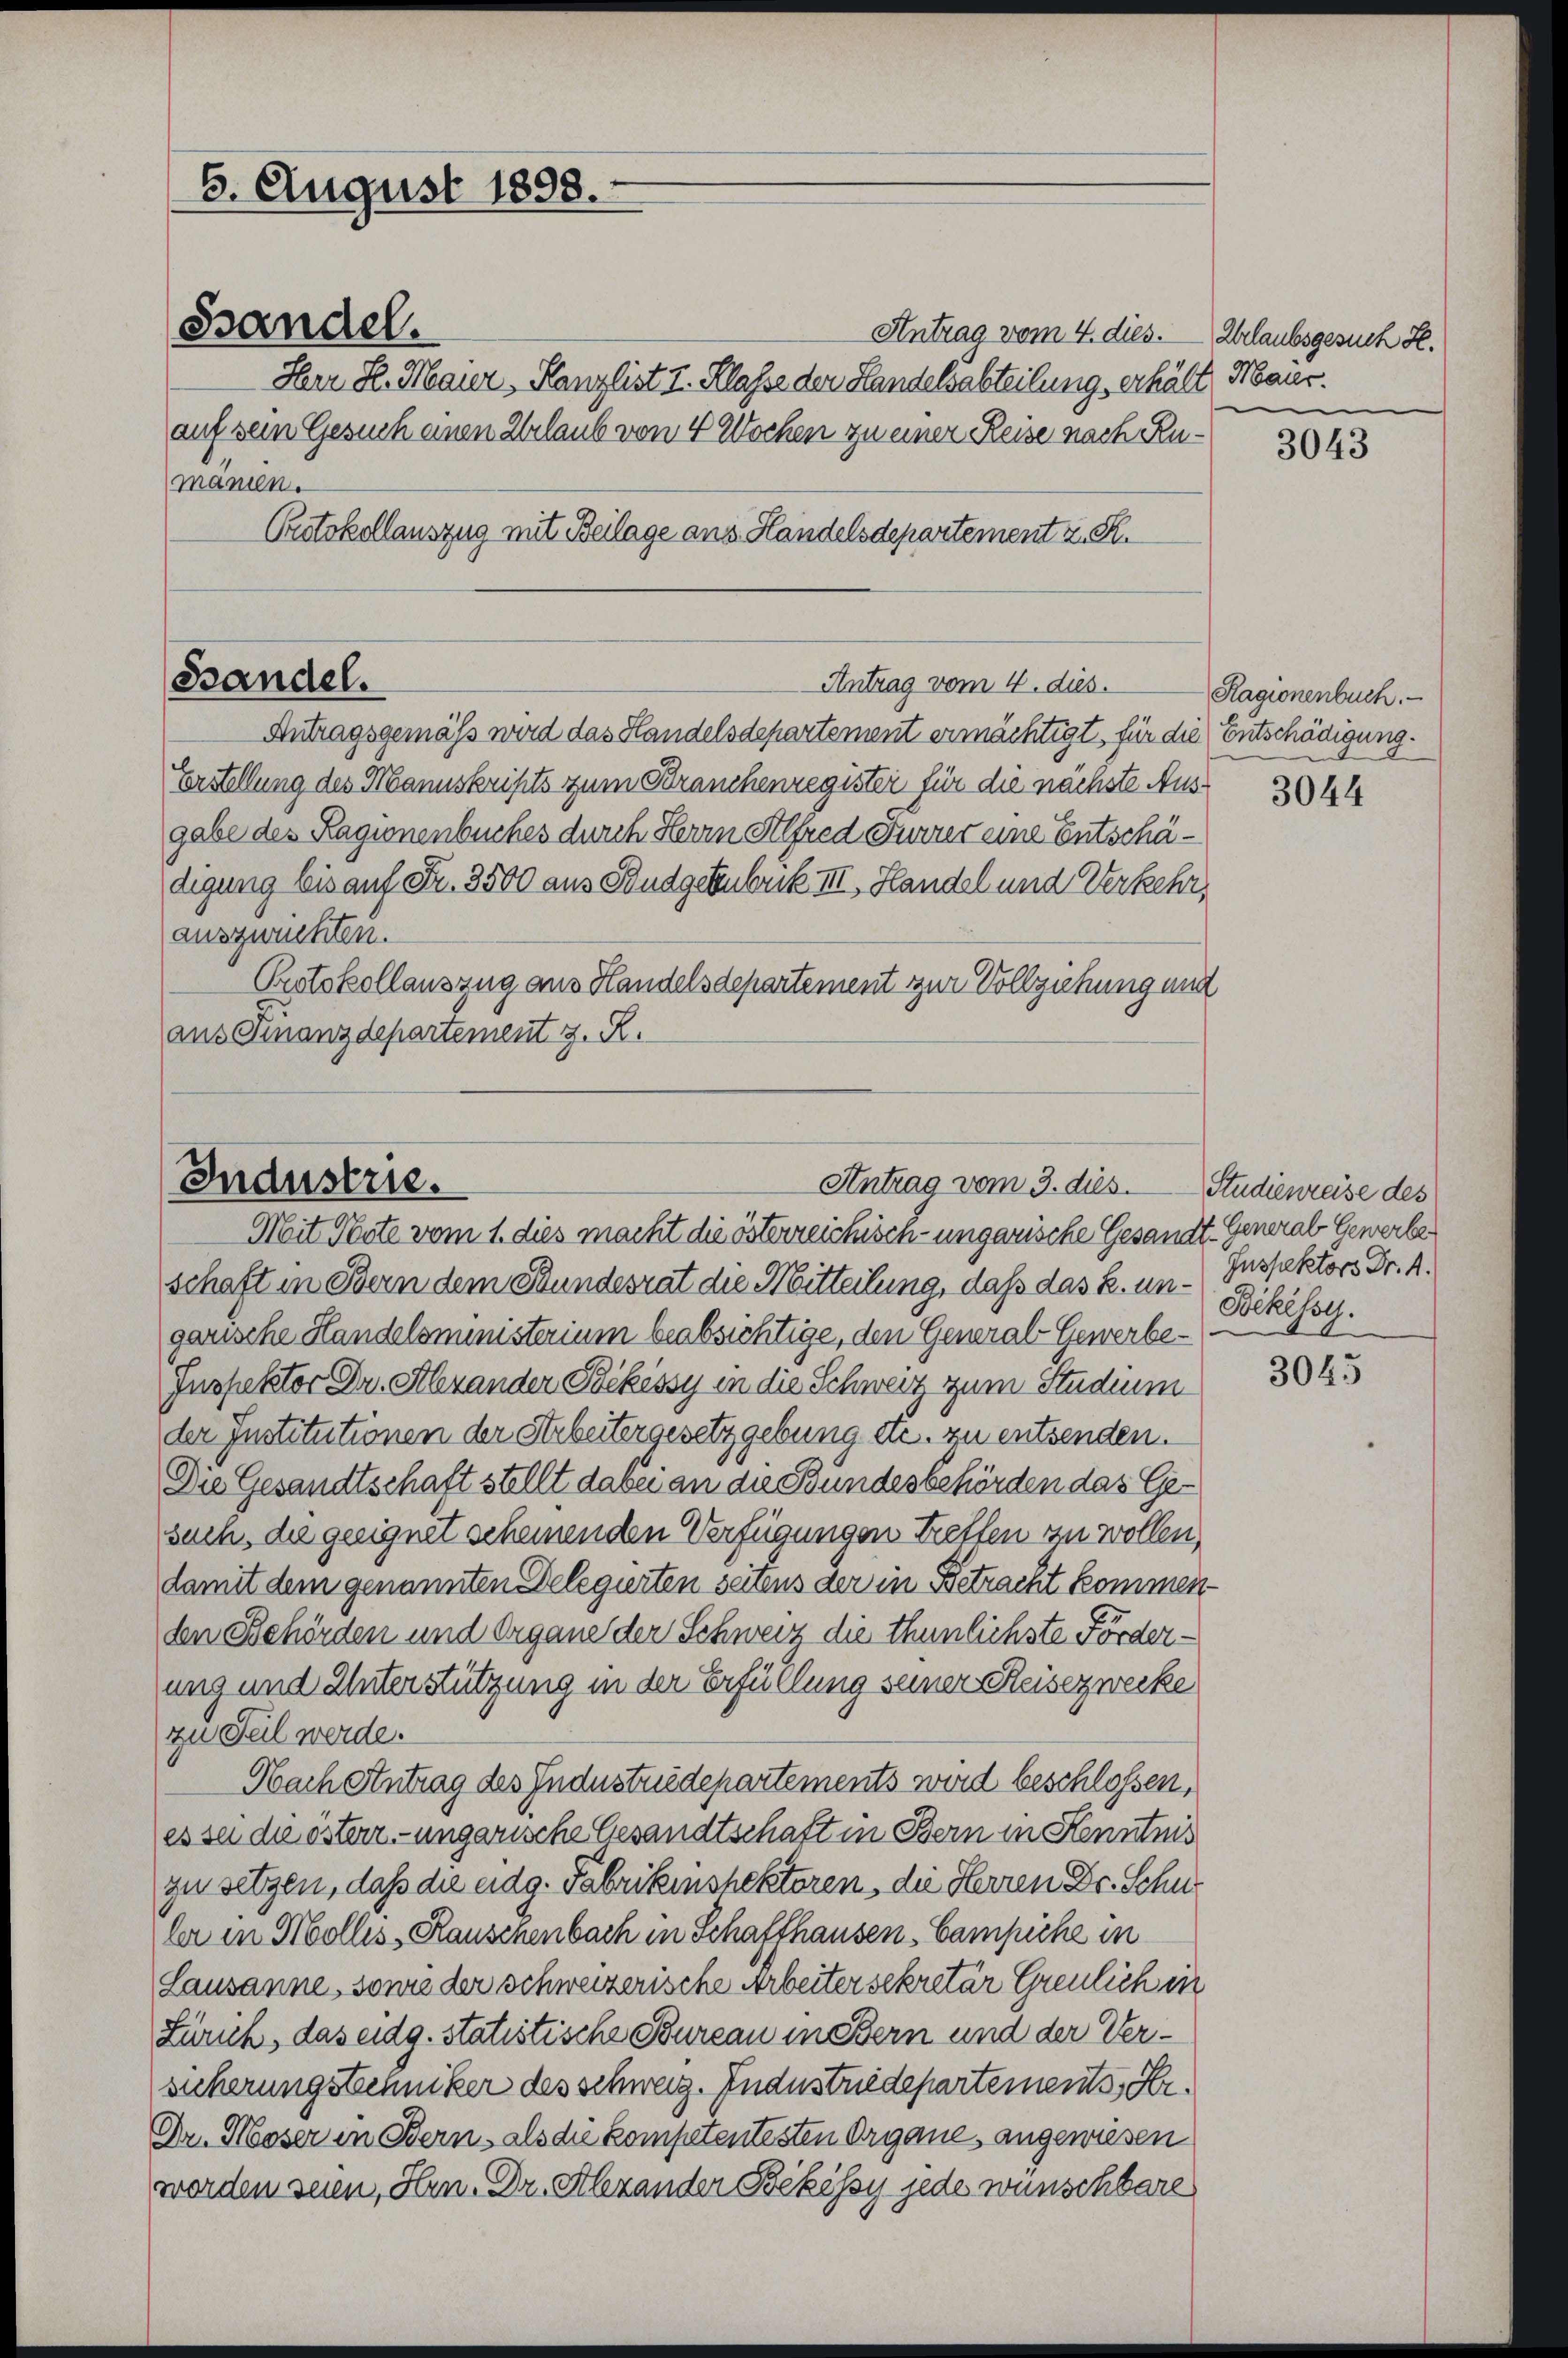
6. August 1898.

Antrag vom 4. dies.
Her H. Mauer, Kanzlist I. Klasse der Handelsabteilung, erhält, Maur.
auf sein Gesuch einen Urlaub von 4 Wochen zu einer Reise nach Rumanien.
Protokollauszug mit Beilage aus Handelsdepartement z. R.

Bandel.

Bandel.
Antrag vom 4. dies. Ragionenbuch.

Industrie.
Antrag vom 3. dies

Antragsgemäß wird das Handelsdepartement ermächtigt, für die Entschädigung.
Forstellung des Manuskripts zum Branchenregister für die nächste Ausgabe des Ragionenbuches durch Herrn Alfred Furrer eine Entschädigung bis auf Fr. 3500 aus Budgetubrik III, Handel und Verkehr,
auszwuchten.
Protokollauszug aus Handelsdepartement zur Vollziehung an
aus Finanzdepartement z. R.

Mit Note vom 1. dies macht die österreichisch-ungarische Gesandt-General Gewerben
schaft in Bern dem Stundesrat die Mitteilung, daß das k. un- Bikissy.
garische Handelsministerium beabsichtige, den General-Gewerbe¬
Inspektor Dr. Alexander Bekissy in die Schweiz zum Studium
der Institutionen der Arbeitergesetzgebung etc. zu entsenden.
Die Gesandtschaft stellt dabei an die Bundesbehörden das Gesuch, die geeignet scheinenden Verfügungen tretten zu wollen,
damit dem genannten Delegierten seitens der in Betracht kommenden Behörden und Organe der Schweiz die thunlichste Förderung und Unterstützung in der Erfüllung seiner Reisezwecke
zu Teil werde.
Nach Antrag des Industriedepartements wird beschlossen,
es sei die österr.-ungarische Gesandtschaft in Bern in Kenntnis
zu setzen, daß die eidg. Fabrikinshektoren, die Herren Dr. Schne
ber in Mollis, Rauschenbach in Schaffhausen - Campiche in
Lausanne, sowie der schweizerische Arbeitersekretär Greulich in
Zürich, das eidg. statistische Bureau in Bern und der Versicherung stechniker des schweiz. Industriedepartements, Fr.
Dr. Moser in Bern, als die kompetentesten Organe angewiesen
werden seien, Hrn. Dr. Alexander Bekessy jede wünschbare

Urlaubsgesuch H.
e

3043

3044

Studienreise des
Inspektors Dr. A.

3045